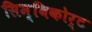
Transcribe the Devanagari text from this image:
सिम्बिकोर्ट